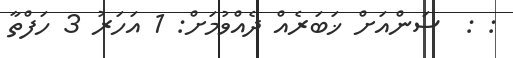
: :  ސަންއަށް ޚަބަރެއް ދެއްވުމަށް: 1 އަހަރު 3 ހަފްތާ